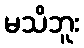
မသိဘူး